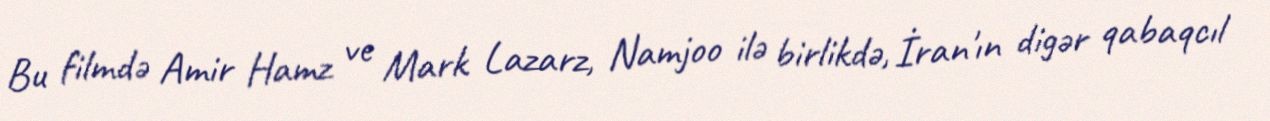
Bu filmdə Amir Hamz ve Mark Lazarz, Namjoo ilə birlikdə, İran'ın digər qabaqcıl